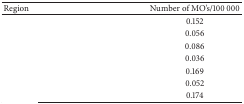
<table><thead><tr><td><b>Region </b></td><td><b>Number of MO's/100 000</b></td></tr></thead><tbody><tr><td>[EMPTY_CELL]</td><td>0.152</td></tr><tr><td>[EMPTY_CELL]</td><td>0.056</td></tr><tr><td>[EMPTY_CELL]</td><td>0.086</td></tr><tr><td>[EMPTY_CELL]</td><td>0.036</td></tr><tr><td>[EMPTY_CELL]</td><td>0.169</td></tr><tr><td>[EMPTY_CELL]</td><td>0.052</td></tr><tr><td>[EMPTY_CELL]</td><td>0.174</td></tr></tbody></table>